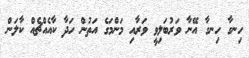
ހިނގާ ހިނގާ އޭނާ ވަރުބަލިވީ ވަރާއި މަންމަގެ އަތުން ހަދާ ކާއެއްޗެއް ކާލަން